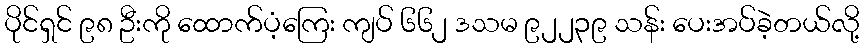
ပိုင်ရှင် ၉၈ ဦးကို ထောက်ပံ့ကြေး ကျပ် ၆၆၂ ဒသမ ၉၂၂၃၉ သန်း ပေးအပ်ခဲ့တယ်လို့